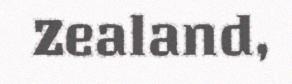
Zealand,